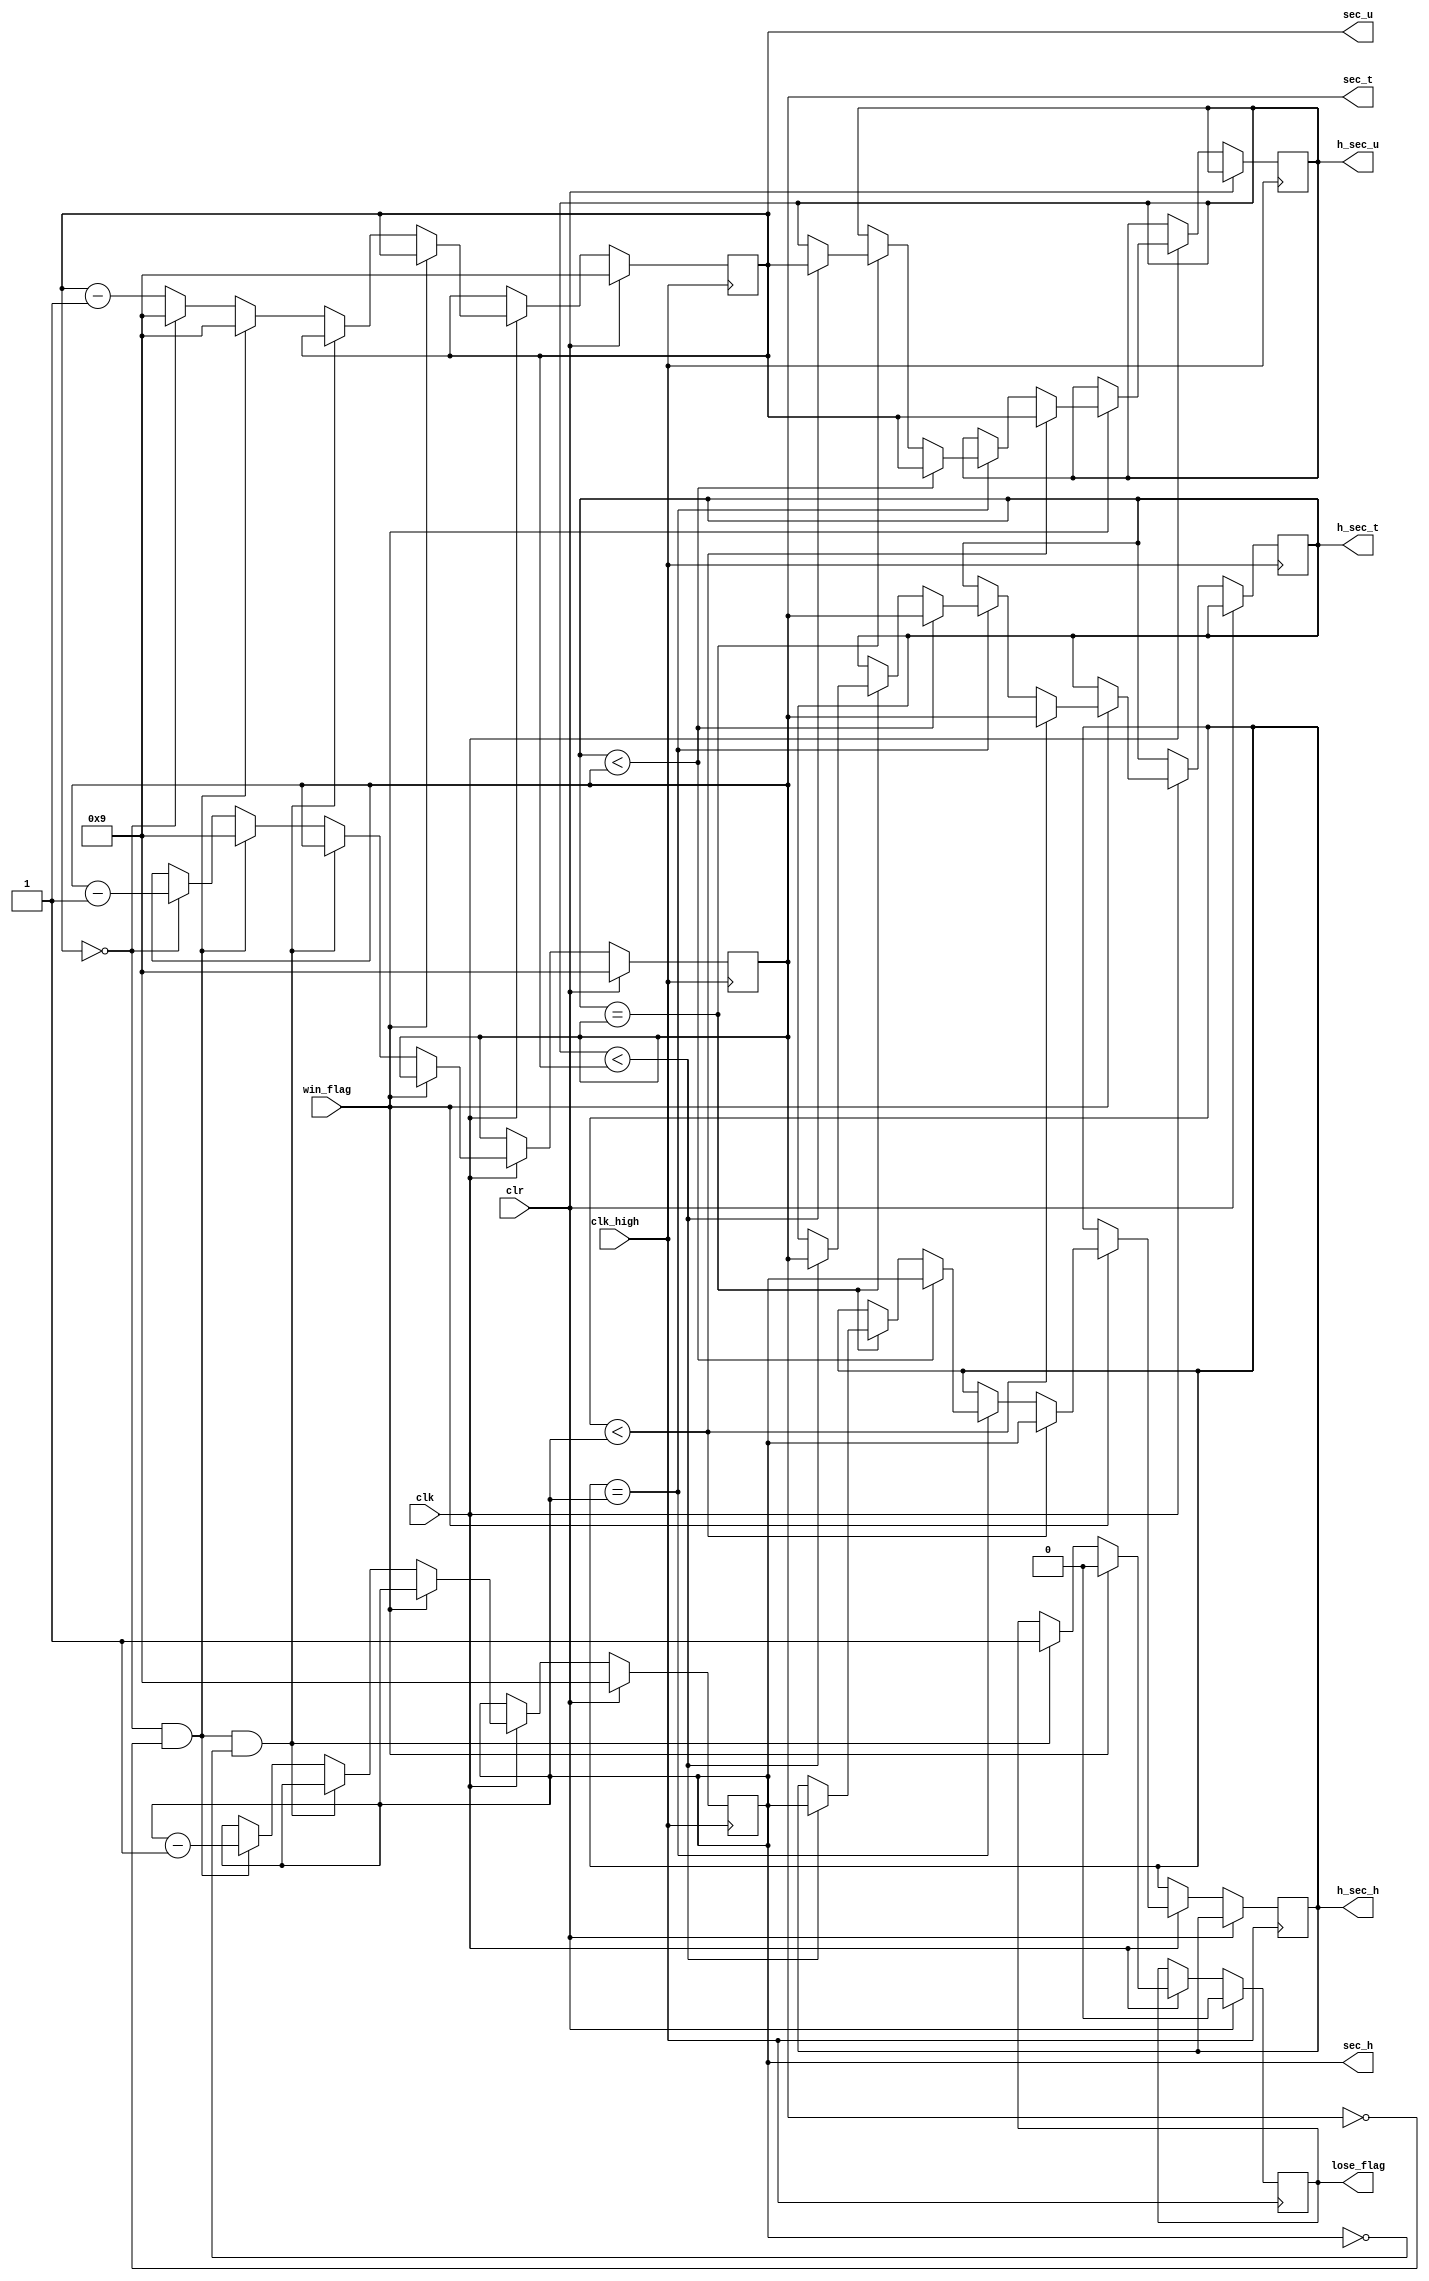
`timescale 1ns / 1ps
//////////////////////////////////////////////////////////////////////////////////
// Company: 
// Engineer: 
// 
// Design Name: 
// Module Name:    timer 
// Project Name: 
// Target Devices: 
// Tool versions: 
// Description: 
//
// Dependencies: 
//
// Revision: 
// Revision 0.01 - File Created
// Additional Comments: 
//
//////////////////////////////////////////////////////////////////////////////////
module timer(
	clk_high, clk, clr, win_flag, lose_flag, sec_u, sec_t, sec_h, h_sec_u, h_sec_t, h_sec_h
    );
	input clk_high; 
	input clk;
   input clr;
	input win_flag;
	output lose_flag; 
	
	output [3:0] sec_u;
	output [3:0] sec_t; 
	output [3:0] sec_h; 
	
   output [3:0] h_sec_u;
	output [3:0] h_sec_t; 
	output [3:0] h_sec_h; 
 
	reg o_lose = 0;
	
	reg [3:0] high_units = 4'b0010;
   reg [3:0] high_tens = 4'b0;
   reg [3:0] high_hundreds = 4'b0;
    
	reg [3:0] units = 4'b1001;
	reg [3:0] tens = 4'b1001;
	reg [3:0] hundreds = 4'b1001;
	
    
	always@(posedge clk_high) begin
		//won: pause the score
        if (clr) begin 
            units <= 4'b1001;
            tens <= 4'b1001;
            hundreds <= 4'b1001;
            o_lose <= 0;
        end
        else if (clk) begin
            if (win_flag == 1) begin
                o_lose <= 0;
                if (high_hundreds < hundreds) begin
                    high_units <= units;
                    high_tens <= tens;
                    high_hundreds <= hundreds;
                end
                else if (high_hundreds == hundreds) begin
                    if (high_tens < tens) begin
                        high_units <= units;
                        high_tens <= tens;
                        high_hundreds <= hundreds;
                    end
                    else if (high_tens == tens) begin
                        if (high_units < units) begin
                            high_units <= units;
                            high_tens <= tens;
                            high_hundreds <= hundreds;
                        end
                        else begin
                            //do nothing
                        end
                    end
                    else begin
                        //do nothing
                    end
                end
                else begin
                    //do nothing
                end
					 
            end
            else begin
                //lost: pause the score at 0, set lose_flag to 1
                if (units == 4'b0 && tens == 4'b0 && hundreds == 4'b0) begin
                    o_lose <= 1;
                end
                //game still going on: decrement the counter
                else begin
                    if(units == 4'b0 && tens == 4'b0) begin
                        hundreds <= hundreds -1;
                        units <= 4'b1001;
                        tens <= 4'b1001;	
                    end
                    
                    else if (units == 4'b0) begin
                        tens <= tens -1;
                        units <= 4'b1001;
                    end
                    else begin
                        units <= units -1;
                    end
                end
            
            end
		end
	end
	assign lose_flag = o_lose;
	assign sec_u = units;
	assign sec_t = tens;
	assign sec_h = hundreds;
    assign h_sec_u = high_units;
    assign h_sec_t = high_tens;
    assign h_sec_h = high_hundreds;
	
endmodule